Burma Government Medical School reports 1923-41
Year: 1923
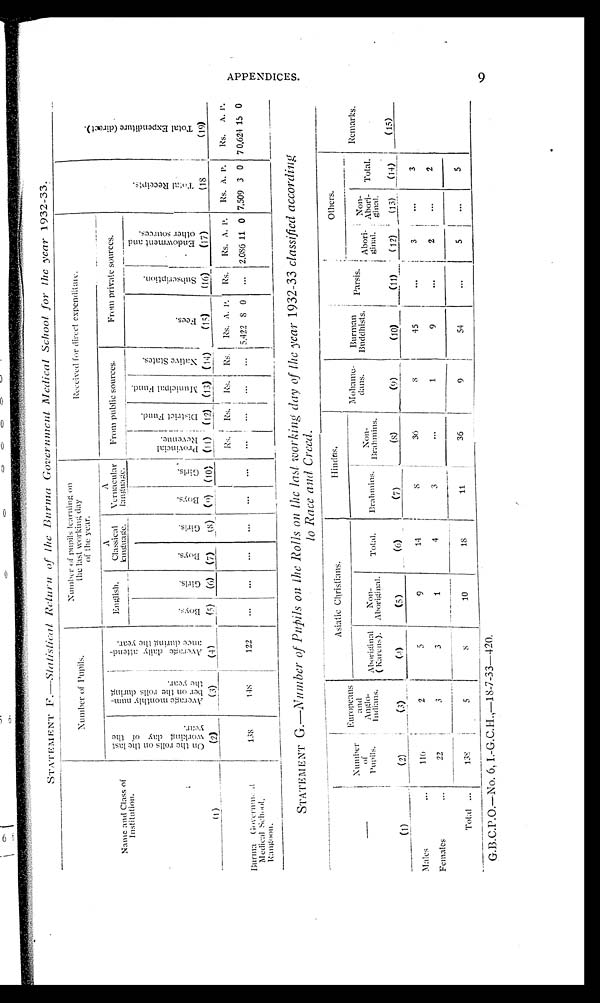
STATEM ENT F.—Slatistical Return of the Burma Government Medical School for the year 1932-33.
Name and Class of
I n s t i t u t i o n .
Number of Pupils.
Number, of pupils 1earning on
the last vorking day
of the year.
Received for direct expenditure.
T o t a l R e c e i p t s . ( 1 8 )
T o t a l E x p e n d i t u r e ( d i r e c t ) . ( 1 9 )
O n t h e r o l l s o n t h e l a s t w o r k i n g d a y o f t h e y e a r . ( 2 )
A v e r a g e m o n t h l y n u m b e r o n t h e r o l l s d u r i n g t h e y e a r .
(3)
A v e r a g e d a i l y a t t e n d e n c e d u r i n g t h e y e a r . ( 4 )
English.
A C l a s s i c a l l a u n g u a g e .
A
Vernacular
language.
Front public sources.
From private sources.
B o y s .
(5)
G i r l s .
(6)
B o y s .
(7)
G i r l s .
(8)
Boys. (9)
G i r l s .
(10)
p r o v i n c i a l R e v e n u e . ( 1 1 )
Di st r i ct Fund.
(12)
M u n i c i p a l F u n d .
(13)
N a t i v e s t a t e s .
(14)
F e e s .
( 1 5 )
S u b s c r i p t i o n .
(16)
E n d o w m e n t a n d o t h e r s o u r c e s .
(17)
Rs.
R s . Rs. Rs. A. P. Rs. Rs. A. p. Rs. A..p. Rs. A.P.
Burma (;overnment
Medical Scho,ol,
Rangoon.
138
1 4 8
122
...
...
. . .
...
...
...
...
. . . ...
... 5.422 8 0
... 2,086 11 0 7.509 3 0 70,624 15 0
STATEMENT G.—Number of Pupil's on the Rolls on the last working day of the year 1932-33 classified according
to Race and Creed.
(1)
Number
of
Pupils.
(2)
Europeans
a n d A n g l o - i n d i a n s .
(3)
Asiatic Christians.
Ilinclns.
Mohame-
dans.
( 9 )
Burman i
Buddhist:
(10)
P a r s i s .
(10)
Others.
A b o r i g i n a l ( K a r e n s ) . ( 4 )
Non-
Aboriginal.
(5)
T o t a l .
(6)
B r a h m i n s . ( 7 )
Non-
Brahmins.
( 8 )
A b o r i g i n a l .
( 12)
Non-
Abori:
g i n a l
(13))
Total.
(14)
Remarks.
(is)
Males
. . .
1106
2
5
9
1 4
8
3 6
8
45
. . .
3
...
3
Females
. . .
22 1
3
3
1
4
3
. . .
1
9
. . .
2 ...
2
Total ...
138
5
8
10
18
11
36
9
5 4
. . .
5 ...
5
G.B.C.P.O.—No. 6, I.-G.C.H.,-18-7-33-420.
to
E)
sp
9